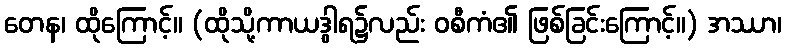
တေန၊ ထိုကြောင့်။ (ထိုသို့ကာယဒွါရ၌လည်း ဝစီကံ၏ ဖြစ်ခြင်းကြောင့်။) အဿာ၊